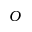
O